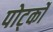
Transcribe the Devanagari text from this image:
पोर्ट्को